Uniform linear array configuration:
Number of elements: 12
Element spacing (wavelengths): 0.5
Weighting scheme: blackman
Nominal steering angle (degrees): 0
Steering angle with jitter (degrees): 1.85
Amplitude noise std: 0.05
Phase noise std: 0.05

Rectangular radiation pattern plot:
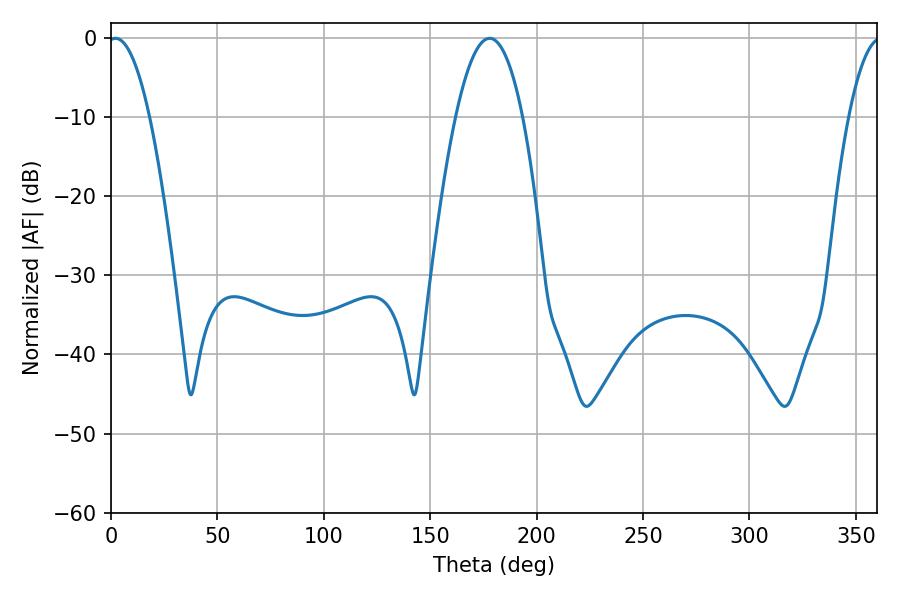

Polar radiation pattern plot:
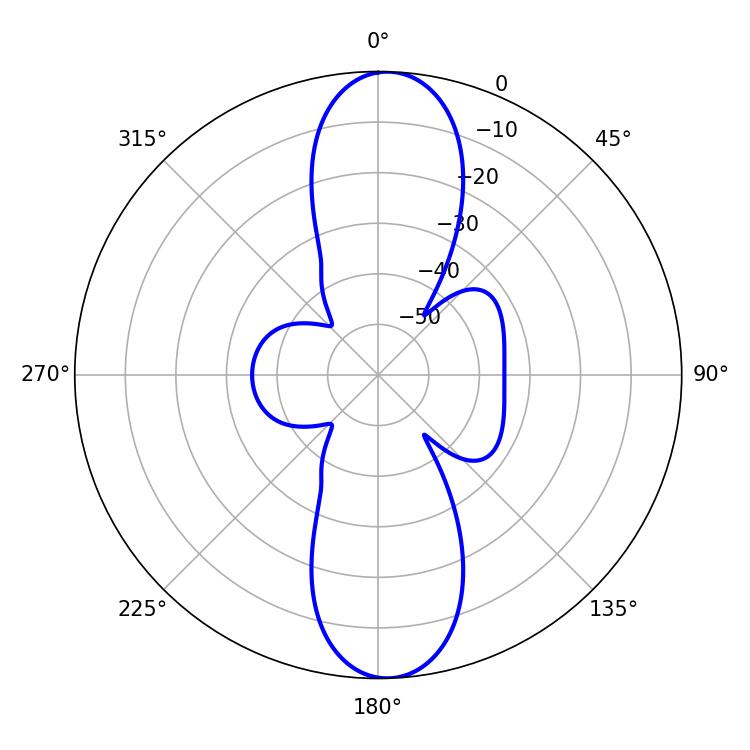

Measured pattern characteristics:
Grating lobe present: FALSE
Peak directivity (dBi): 18.912
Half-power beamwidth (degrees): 10.8
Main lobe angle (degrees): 2.16